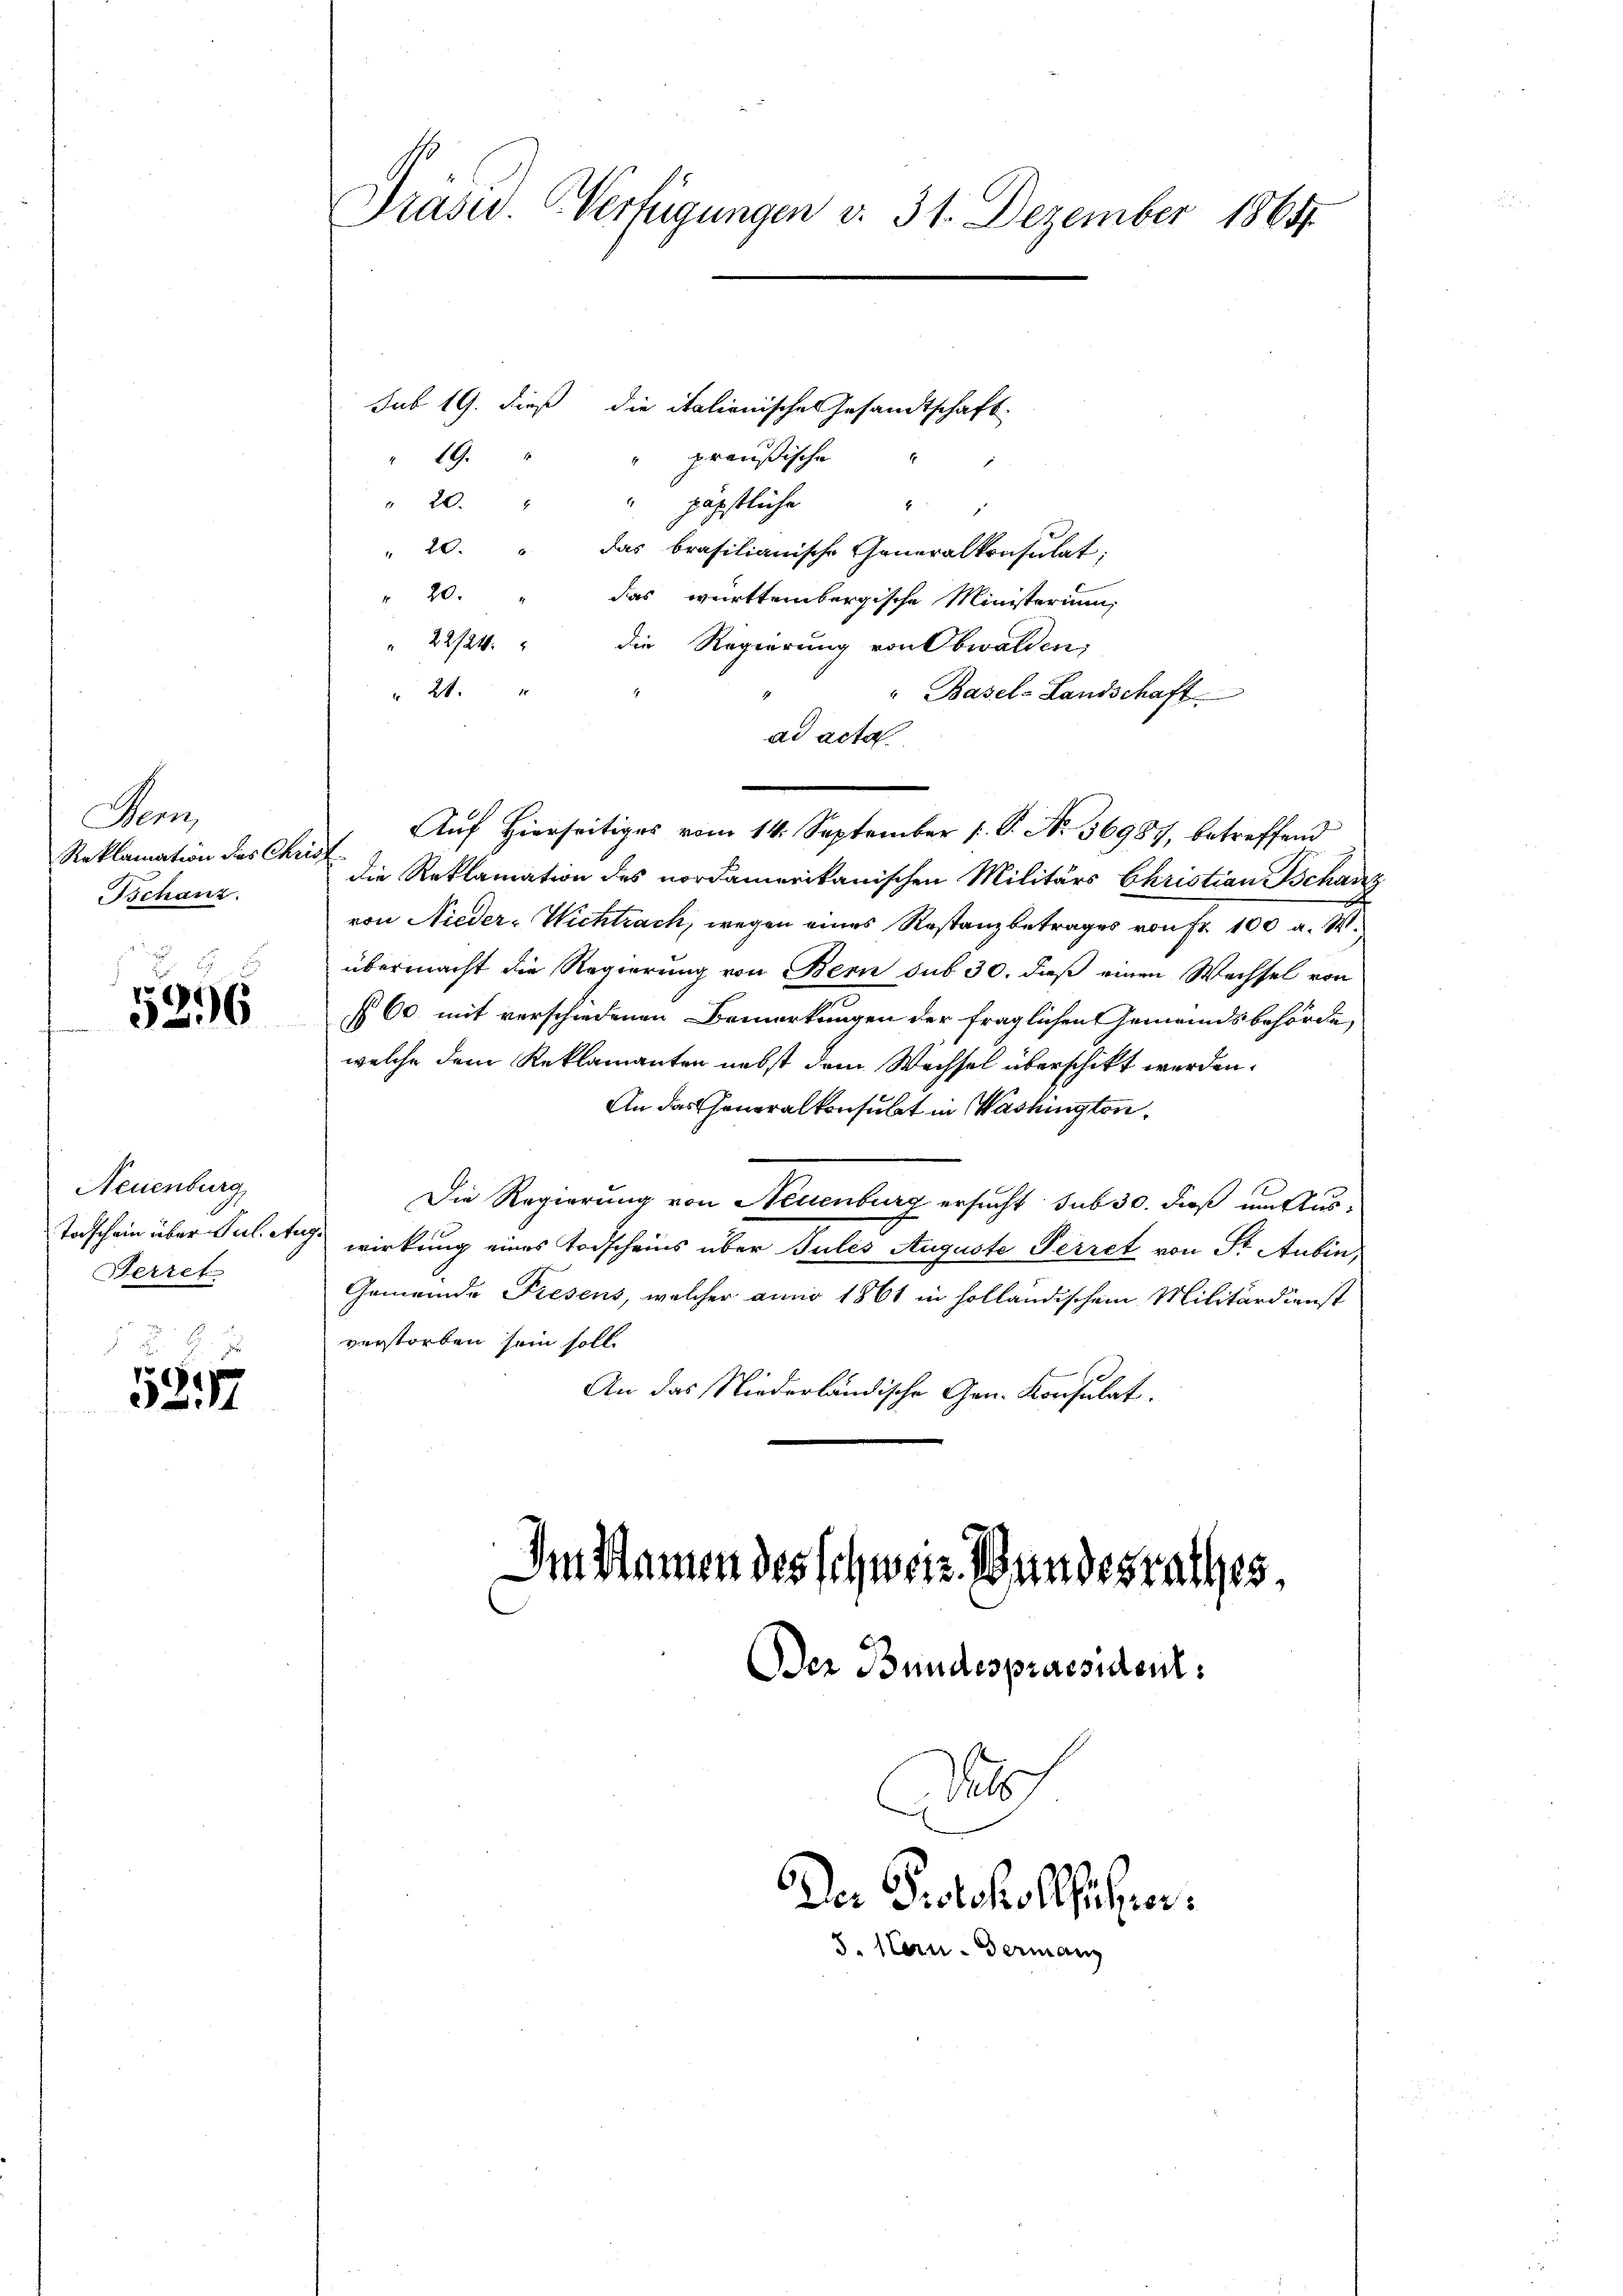
Aen
Reklamation des Christ
Tschanz.

5296

Neuenburg
Todschein über Jul. au
Herret

5257

Präsid. Verfügungen v. 31. Dezember 1864.

sub 19. dieß die italienisches Gesandtschaft.
" 19. " " preußische
2
" 20. " " päpstliche
" 20. " das brasilianische Generalkonsulat;
" 20. " Das württembergische Ministerium,
" 22/24. " die Regierung von Obwalden,
2.
" 21.
" Basel-Landschaft
ad acta
Auf Hierseitiges vom 14. September 1 S. No 36987, betreffend
die Reklamation des nordamerikanischen Militärs Christian Tschanz
von Nieder-Wichtrach, wegen eines Restanzbetrages von Fr. 100 a. W.
übermacht die Regierung von Bern sub 30. daß einen Wechsel von
§ 60. mit verschiedenen Bemerkungen der fraglichen Gemeindsbehörde,
welche dem Reklamanten nebst dem Wechsel überschikt werden.
An das Generalkonsulat in Washington,
Die Regierung von Neuenburg ersucht sub 30. dieß um Auswirkung eines Todscheins über Julis Auguste Perret von Sr. Aubin,
Gemeinde Fresens, welcher anno 1861 in holländischem Militärdienst
verstorben sein soll.
An das Niederländische Gen. Konsulat.

Im Namen des schwerz. Bundesrathes,
Der Bundespraesident.

8
Der Protokollführer.
5. Cern- Germanz